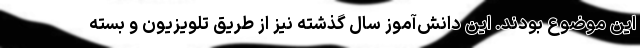
این موضوع بودند. این دانش‌آموز سال گذشته نیز از طریق تلویزیون و بسته